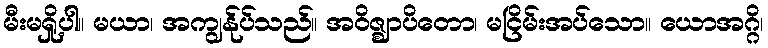
မီးမရှို့ပါ။ မယာ၊ အကျွန်ုပ်သည်။ အဝိဇ္ဈာပိတော၊ မငြိမ်းအပ်သော။ ယောအဂ္ဂိ၊